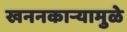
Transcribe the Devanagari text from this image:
खननकाऱ्यामुळे